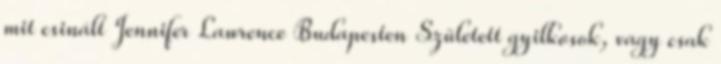
mit csinált Jennifer Lawrence Budapesten Született gyilkosok, vagy csak